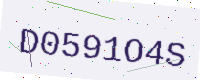
Text: D0591O4S